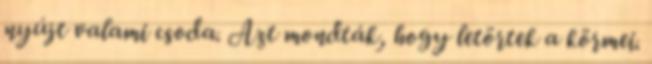
nyújt valami csoda. Azt mondták, hogy letörtek a körmei.